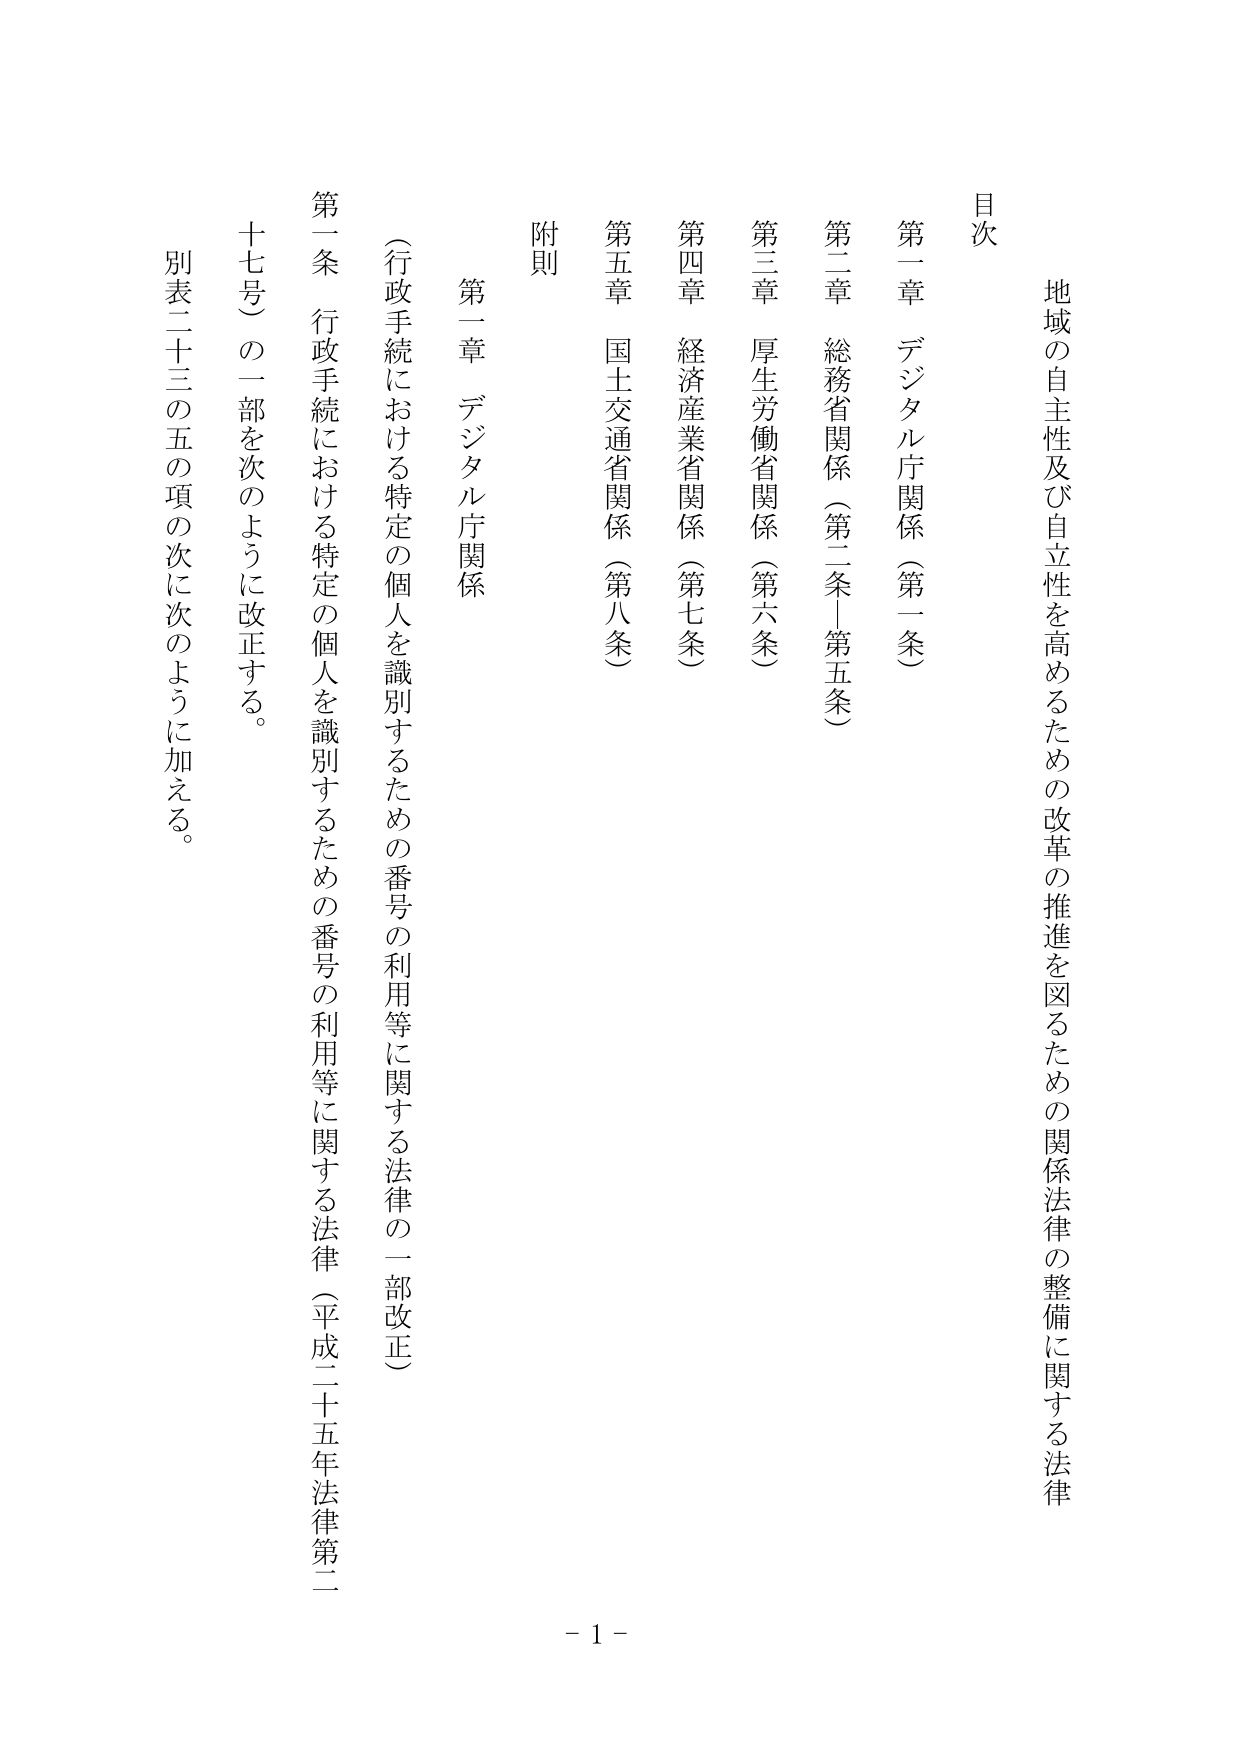
地域の自主性及び自立性を高めるための改革の推進を図るための関係法律の整備に関する法律

目次

第一章 デジタル庁関係（第一条）
第二章 総務省関係（第二条－第五条）
第三章 厚生労働省関係（第六条）
第四章 経済産業省関係（第七条）
第五章 国土交通省関係（第八条）
附則

第一章 デジタル庁関係
（行政手続における特定の個人を識別するための番号の利用等に関する法律の一部改正）

第一条 行政手続における特定の個人を識別するための番号の利用等に関する法律（平成二十五年法律第二十七号）の一部を次のように改正する。
別表二十三の五の項の次に次のように加える。